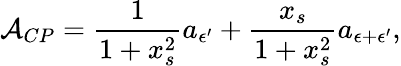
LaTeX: {\cal A}_{CP}=\frac{1}{1+x_{s}^{2}}a_{{\epsilon}^{\prime}}+\frac{x_{s}}{1+x_{s}^{2}}a_{{\epsilon}+{\epsilon}^{\prime}},